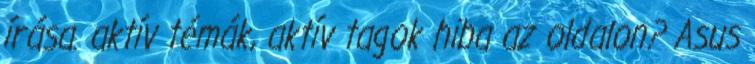
írása. aktív témák, aktív tagok hiba az oldalon? Asus